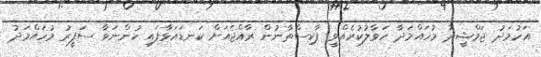
އަހުމަދު ޖަމްޝީދު މުހައްމަދާ ހަވާލުކުރެއްވީ ޕާކިސްތާނުން ރާއްޖެއަށް ކަނޑައަޅާފައި ހުންނަވާ ސަފީރު މުހައްމަދު